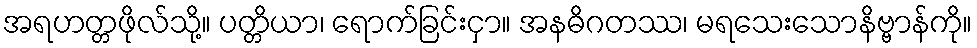
အရဟတ္တဖိုလ်သို့။ ပတ္တိယာ၊ ရောက်ခြင်းငှာ။ အနဓိဂတဿ၊ မရသေးသောနိဗ္ဗာန်ကို။